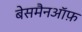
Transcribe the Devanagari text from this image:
बेसमैनऑफ़